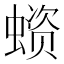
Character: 𧏗